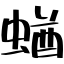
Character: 蝤